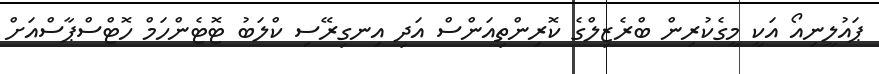
ޕައުލީނިއޯ އަކީ މީގެކުރިން ބްރެޒިލްގެ ކޮރިންތިއަންސް އަދި އިނގިރޭސި ކްލަބު ޓޮޓެންހަމް ހޮޓްސްޕާސްއަށް